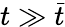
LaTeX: t\gg\bar{t}